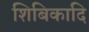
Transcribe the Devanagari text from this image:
शिबिकादि